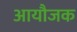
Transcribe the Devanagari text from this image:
आयौजक